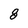
Character: 8